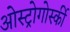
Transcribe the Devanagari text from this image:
ओस्ट्रोगोर्स्की